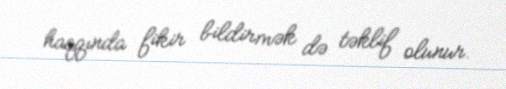
haqqında fikir bildirmək də təklif olunur.